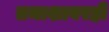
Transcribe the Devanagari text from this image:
तमाशावरही